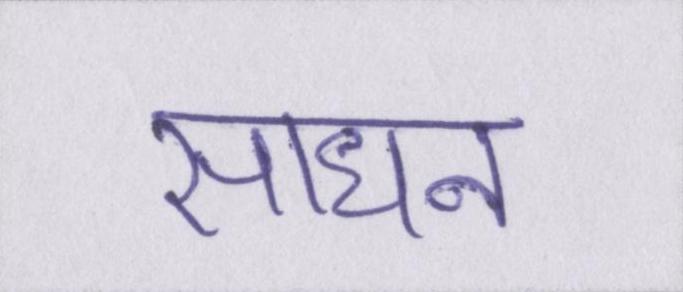
साधन